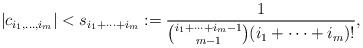
LaTeX: \begin{align*} |c_{i_1,\ldots,i_m}|<s_{i_1+\cdots+i_m}:=\frac{1}{\binom{i_1+\cdots+i_m-1}{m-1}(i_1+\cdots+i_m)!}, \end{align*}